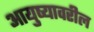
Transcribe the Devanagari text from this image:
आयुष्यावरील